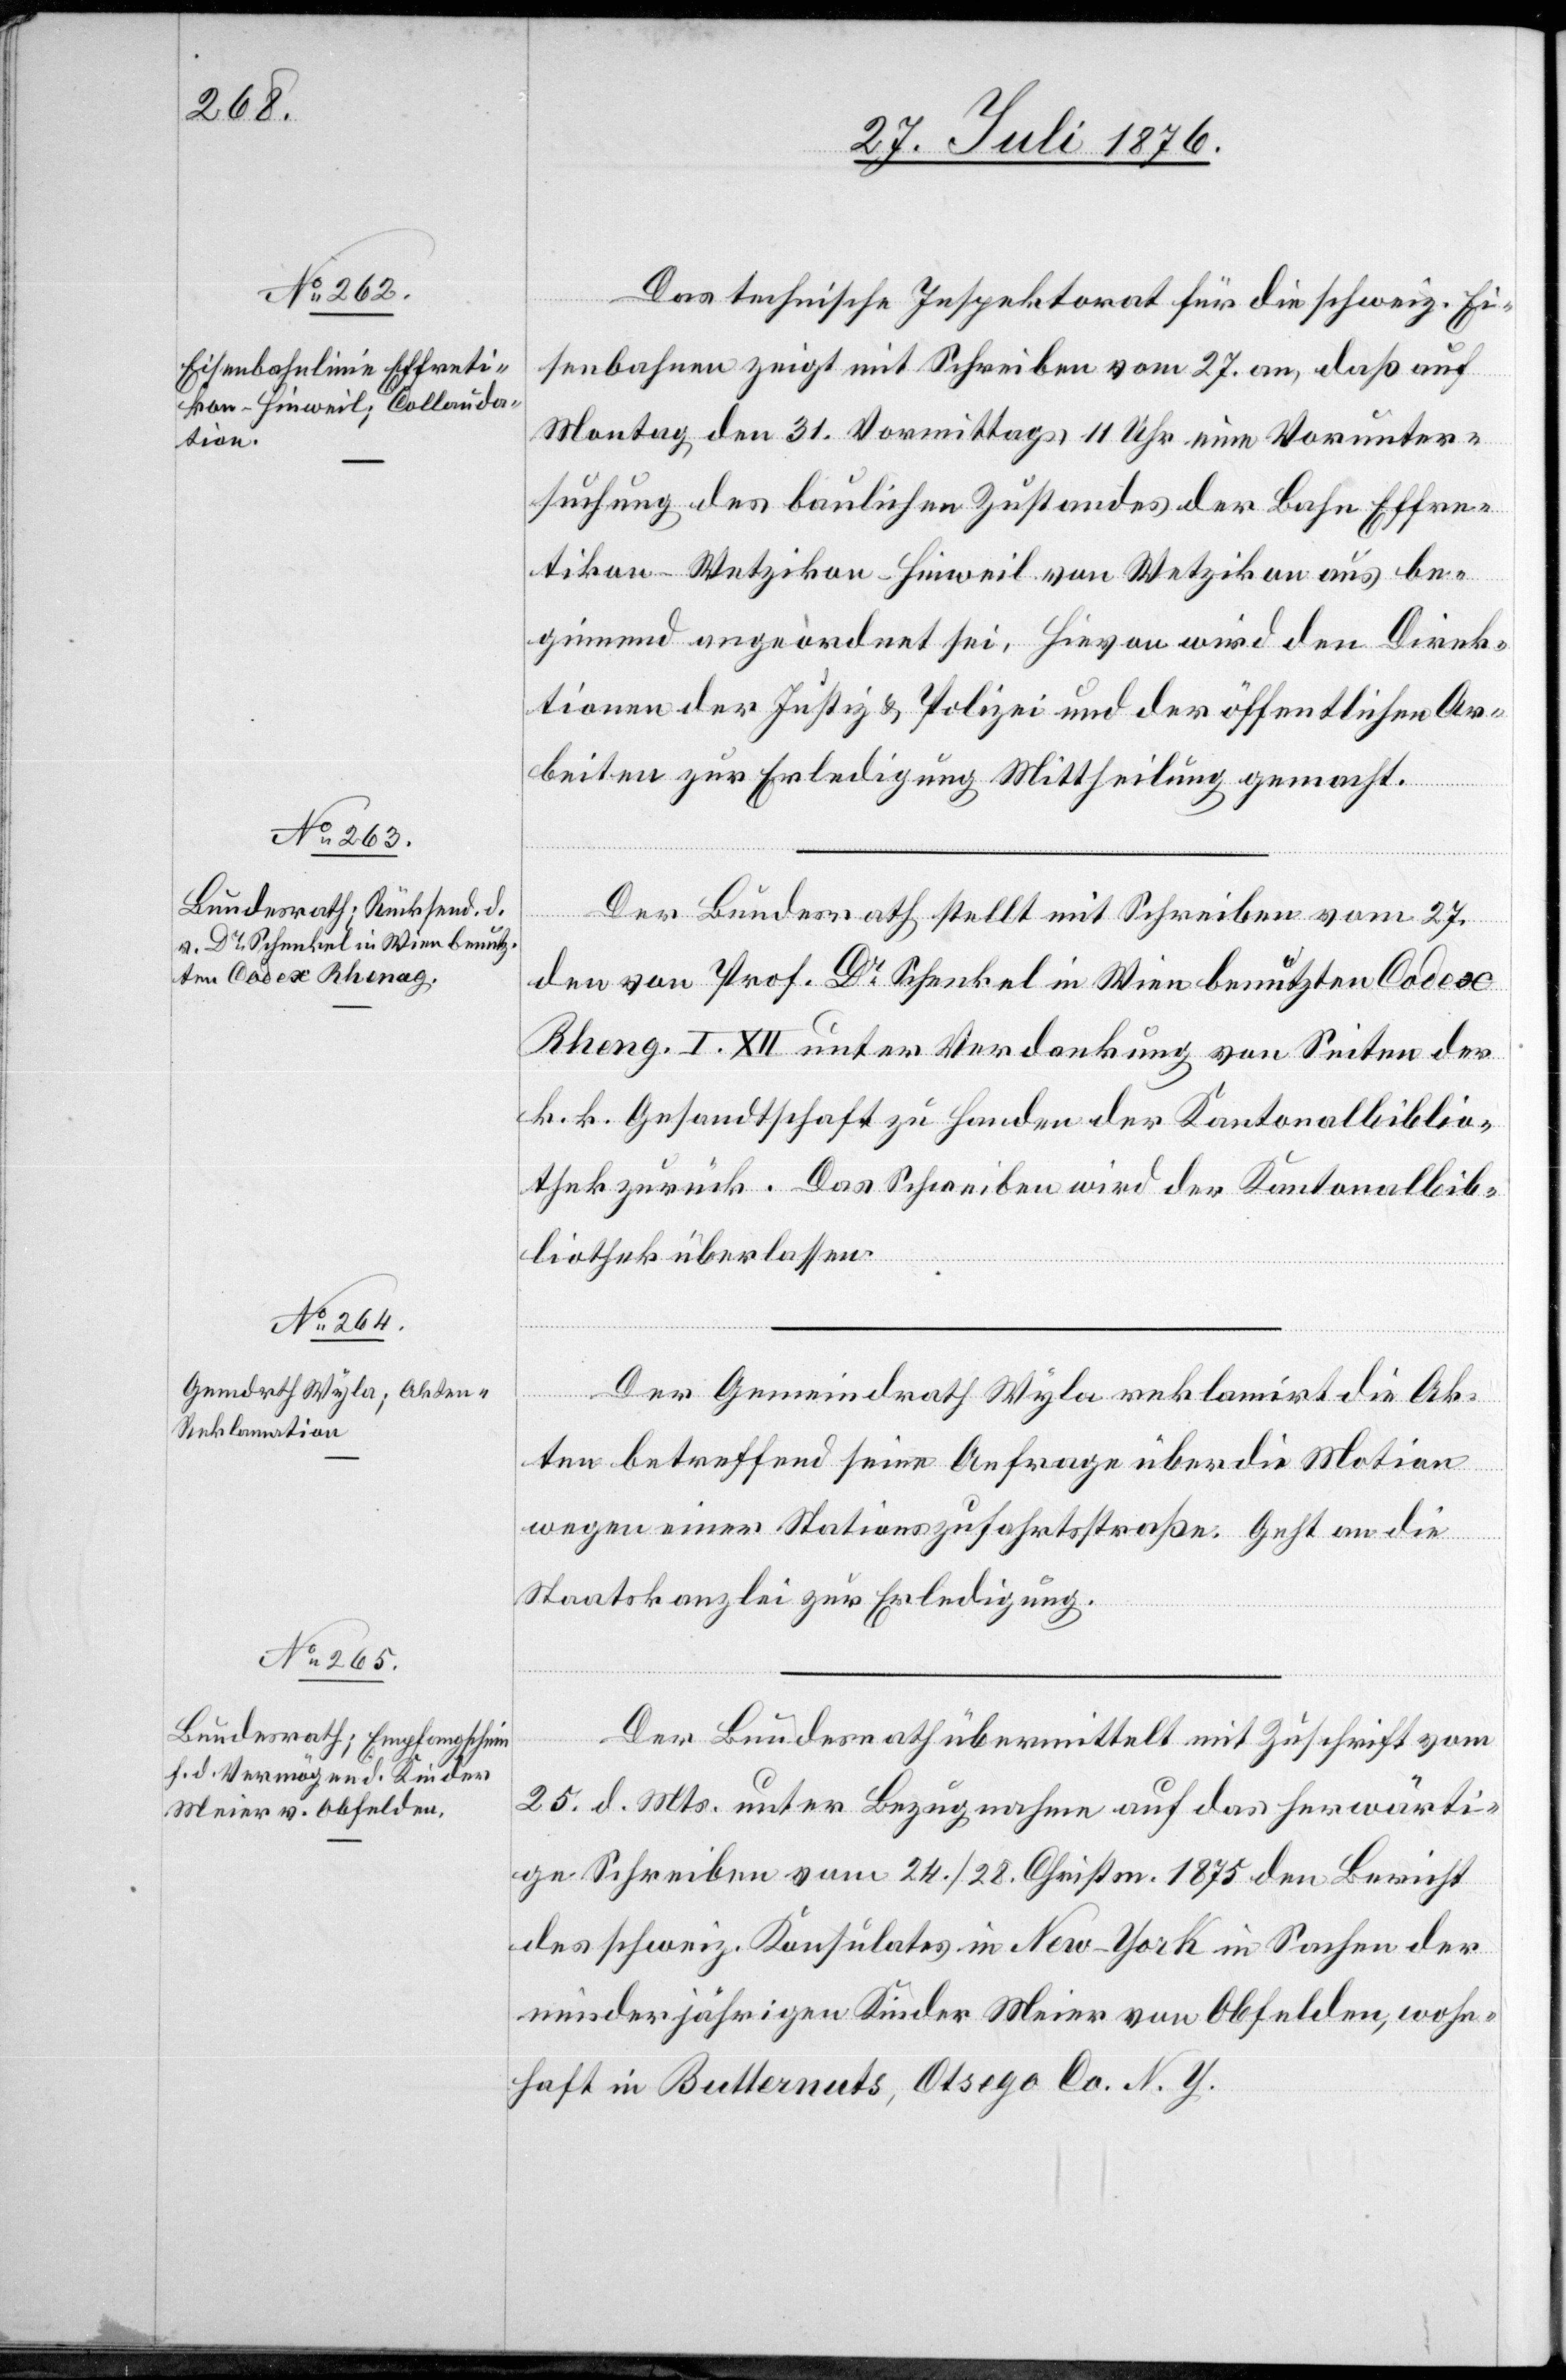
28. Juli 1876.]
Das technische Inspektorat für die schweiz. Ei¬
senbahnen zeigt mit Schreiben vom 27. an, daß auf
Montag, den 31. Vormittags 11 Uhr eine Vorunter¬
suchung des baulichen Zustandes der Bahn Effre¬
tikon–Wetzikon–Hinweil von Wetzikon aus be¬
ginnend angeordnet sei. Hievon wird den Direk¬
tionen der Justiz & Polizei und der öffentlichen Ar¬
beiten zur Erledigung Mittheilung gemacht.
Der Bundesrath stellt mit Schreiben vom 27.
den von Prof. Dr Schenkel in Wien benutzten Codex
I. XII unter Verdankung von Seiten der
k. k. Gesandtschaft zu Handen der Kantonalbiblio¬
thek zurück. Das Schreiben wird der Kantonalbib¬
liothek überlassen.
Der Gemeindrath Wyla reklamirt die Ak¬
ten betreffend seine Anfrage über die Motion
wegen einer Stationszufahrtstraße. Geht an die
Staatskanzlei zur Erledigung.
Der Bundesrath übermittelt mit Zuschrift vom
25. d. Mts. unter Bezugnahme auf das herwärti¬
ge Schreiben vom 24./28. Christm. 1875 den Bericht
des schweiz. Konsulates in New-York in Sachen der
minderjährigen Kinder Meier von Obfelden, wohn¬
haft in Butternuts, Otsego Co. N. Y.